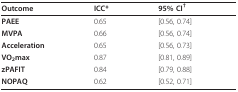
<table><thead><tr><td><b>Outcome</b></td><td><b>ICC*</b></td><td><b>95% CI<sup>†</sup></b></td></tr></thead><tbody><tr><td><b>PAEE</b></td><td>0.65</td><td>[0.56, 0.74]</td></tr><tr><td><b>MVPA</b></td><td>0.66</td><td>[0.56, 0.74]</td></tr><tr><td><b>Acceleration</b></td><td>0.65</td><td>[0.56, 0.73]</td></tr><tr><td><b>VO<sub>2</sub>max</b></td><td>0.87</td><td>[0.81, 0.89]</td></tr><tr><td><b>zPAFIT</b></td><td>0.84</td><td>[0.79, 0.88]</td></tr><tr><td><b>NOPAQ</b></td><td>0.62</td><td>[0.52, 0.71]</td></tr></tbody></table>